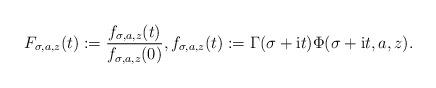
LaTeX: \begin{align*}F_{\sigma, a, z} (t) := \frac{f_{\sigma, a, z} (t)}{f_{\sigma, a, z} (0)}, f_{\sigma, a, z} (t) := \Gamma (\sigma + {\rm{i}}t) \Phi (\sigma + {\rm{i}}t, a,z).\end{align*}